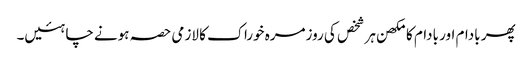
پھر بادام اور بادام کا مکھن ہر شخص کی روزمرہ خوراک کا لازمی حصہ ہونے چاہئیں۔